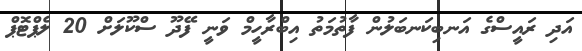
އަދި ރައީސްގެ އަނބިކަނބަލުން ފާތުމަތު އިބްރާހީމް ވަނީ ފޭދޫ ސްކޫލަށް 20 ލެޕްޓޮޕް